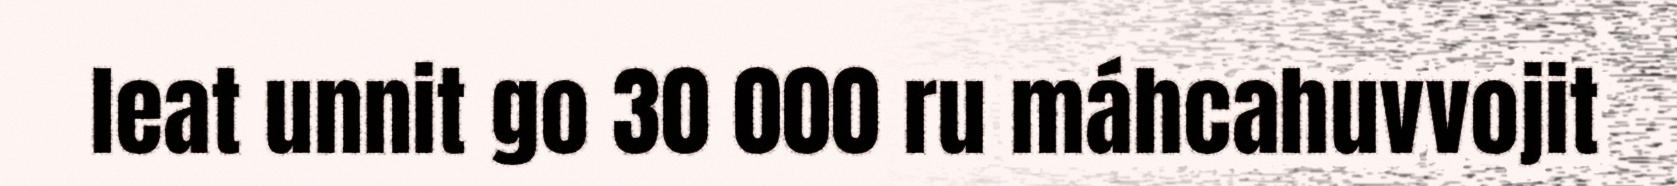
leat unnit go 30 000 ru máhcahuvvojit